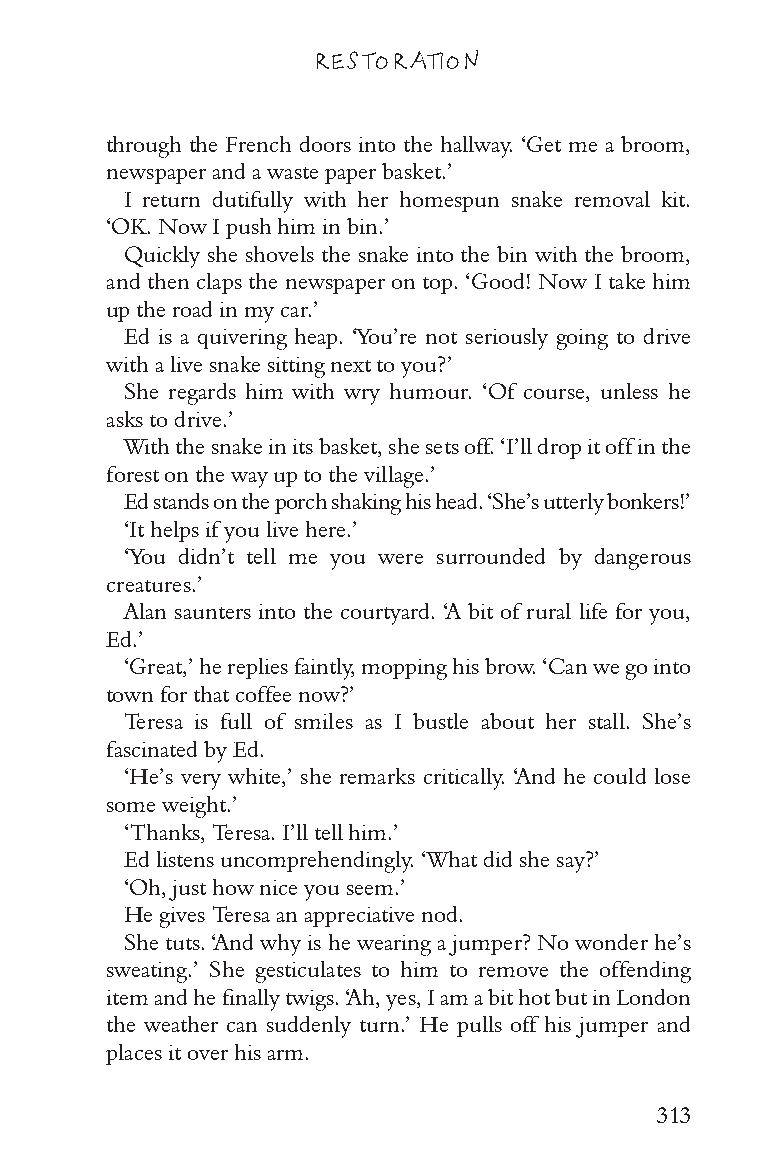
RESTORATION
 through the French doors into the hallway. ‘Get me a broom,
 newspaper and a waste paper basket.’
 I return dutifully with her homespun snake removal kit.
 ‘OK. Now I push him in bin.’
 Quickly she shovels the snake into the bin with the broom,
 and then claps the newspaper on top. ‘Good! Now I take him
 up the road in my car.’
 Ed is a quivering heap. ‘You’re not seriously going to drive
 with a live snake sitting next to you?’
 She regards him with wry humour. ‘Of course, unless he
 asks to drive.’
 With the snake in its basket, she sets off. ‘I’ll drop it off in the
 forest on the way up to the village.’
 Ed stands on the porch shaking his head. ‘She’s utterly bonkers!’
 ‘It helps if you live here.’
 ‘You didn’t tell me you were surrounded by dangerous
 creatures.’
 Alan saunters into the courtyard. ‘A bit of rural life for you,
 Ed.’
 ‘Great,’ he replies faintly, mopping his brow. ‘Can we go into
 town for that coffee now?’
 Teresa is full of smiles as I bustle about her stall. She’s
 fascinated by Ed.
 ‘He’s very white,’ she remarks critically. ‘And he could lose
 some weight.’
 ‘Thanks, Teresa. I’ll tell him.’
 Ed listens uncomprehendingly. ‘What did she say?’
 ‘Oh, just how nice you seem.’
 He gives Teresa an appreciative nod.
 She tuts. ‘And why is he wearing a jumper? No wonder he’s
 sweating.’ She gesticulates to him to remove the offending
 item and he finally twigs. ‘Ah, yes, I am a bit hot but in London
 the weather can suddenly turn.’ He pulls off his jumper and
 places it over his arm.
 313